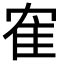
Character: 隺